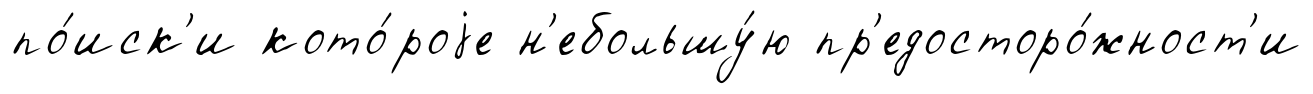
по́иск'и кото́роjе н'ебольшу́ю пр'едосторо́жност'и